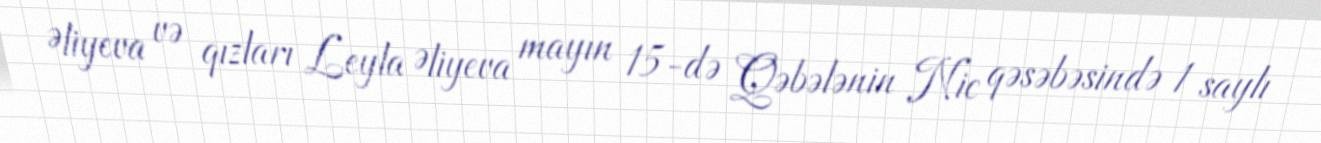
Əliyeva və qızları Leyla Əliyeva mayın 15-də Qəbələnin Nic qəsəbəsində 1 saylı